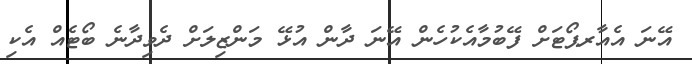
އޭނަ އެއާރޕޯޓަށް ފޭބުމާއެކުހެން އޭނަ ދާން އުޅޭ މަންޒިލަށް ދެވިދާނެ ބޯޓެއް އެކި